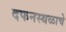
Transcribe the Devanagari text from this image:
दफनस्थळाचे